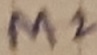
Text: M2